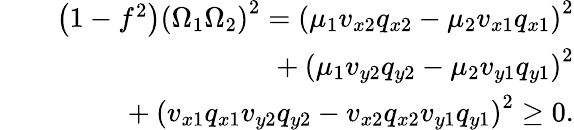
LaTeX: \begin{array}{rlr}&{}&{\left(1-f^{2}\right)\left(\Omega_{1}\Omega_{2}\right)^{2}=\left(\mu_{1}v_{x2}q_{x2}-\mu_{2}v_{x1}q_{x1}\right)^{2}}\\ &{}&{~~~~~+\left(\mu_{1}v_{y2}q_{y2}-\mu_{2}v_{y1}q_{y1}\right)^{2}}\\ &{}&{~~~~~+\left(v_{x1}q_{x1}v_{y2}q_{y2}-v_{x2}q_{x2}v_{y1}q_{y1}\right)^{2}\geq 0.}\end{array}